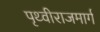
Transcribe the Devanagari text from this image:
पृथ्वीराजमार्ग